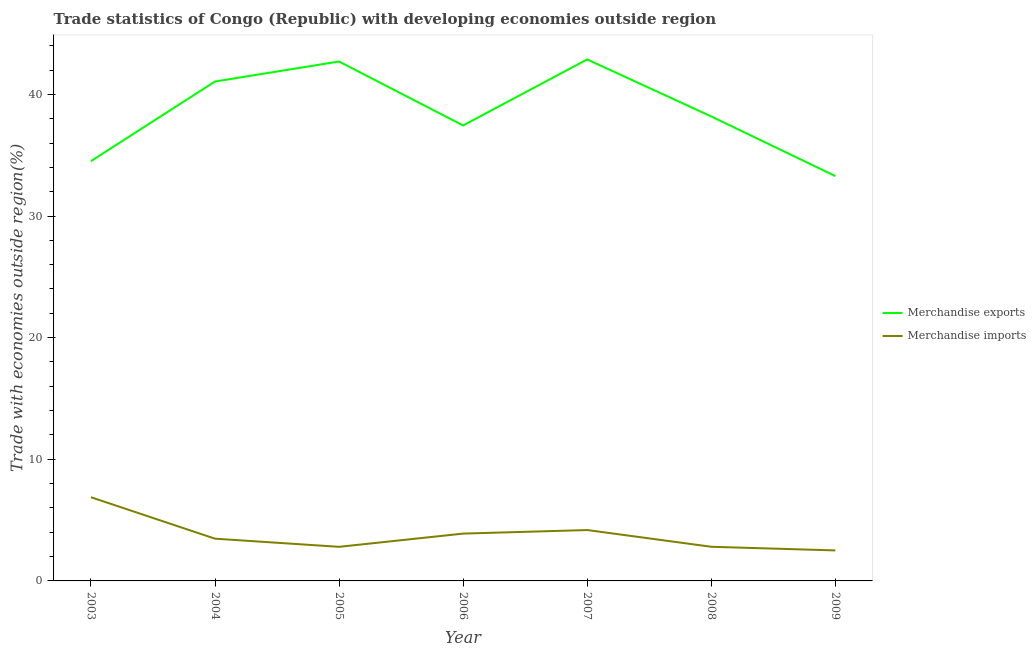
| Year | Merchandise exports | Merchandise imports |
 | --- | --- | --- |
 | 2003 | 34.5 | 6.88 |
 | 2004 | 41.1 | 3.47 |
 | 2005 | 42.7 | 2.8 |
 | 2006 | 37.4 | 3.89 |
 | 2007 | 42.9 | 4.18 |
 | 2008 | 38.2 | 2.81 |
 | 2009 | 33.3 | 2.51 |